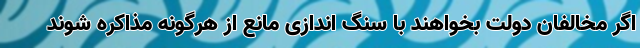
اگر مخالفان دولت بخواهند با سنگ اندازی مانع از هرگونه مذاکره شوند